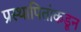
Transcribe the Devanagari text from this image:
प्रस्थापितांकडून